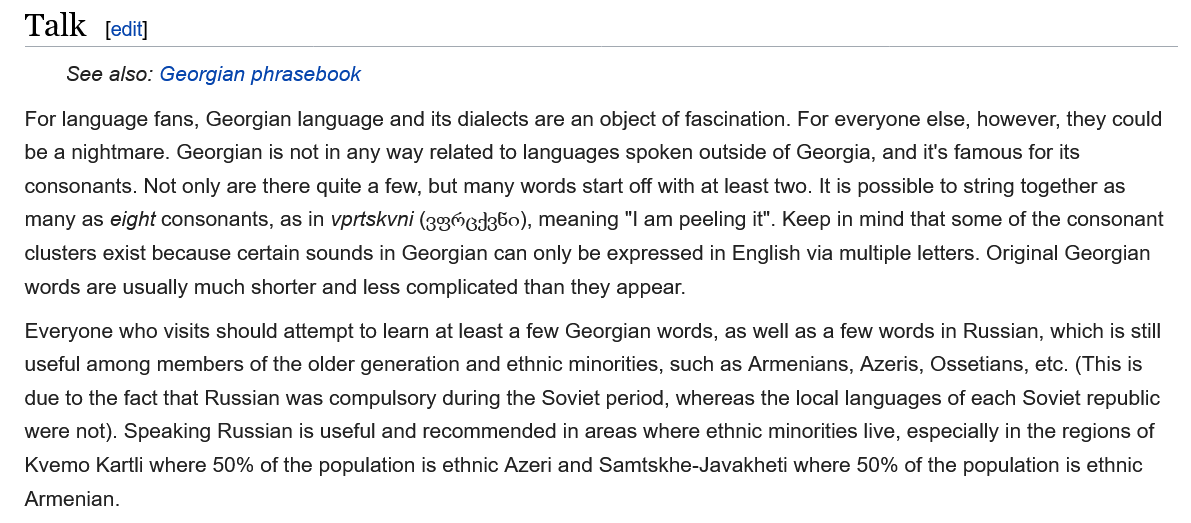
See also: Georgian phrasebook
   For language fans, Georgian language and its dialects are an object of fascination. For everyone else, however, they could
   be a nightmare. Georgian is not in any way related to languages spoken outside of Georgia, and it's famous for its
   consonants. Not only are there quite a few, but many words start off with at least two. It is possible to string together as
   many as eight consonants, as in vprtskvni (393gJg60), meaning "| am peeling it". Keep in mind that some of the consonant
   clusters exist because certain sounds in Georgian can only be expressed in English via multiple letters. Original Georgian
   words are usually much shorter and less complicated than they appear.
   Everyone who visits should attempt to learn at least a few Georgian words, as well as a few words in Russian, which is stil
   useful among members of the older generation and ethnic minorities, such as Armenians, Azeris, Ossetians, etc. (This is
   due to the fact that Russian was compulsory during the Soviet period, whereas the local languages of each Soviet republic
   were not). Speaking Russian is useful and recommended in areas where ethnic minorities live, especially in the regions of
   Kvemo Kartli where 50% of the population is ethnic Azeri and Samtskhe-Javakheti where 50% of the population is ethnic
   Armenian.